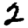
Digit: 2